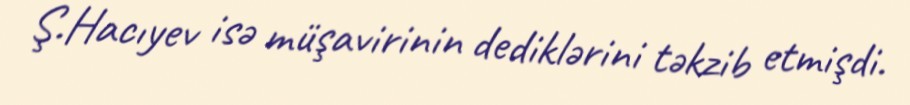
Ş.Hacıyev isə müşavirinin dediklərini təkzib etmişdi.